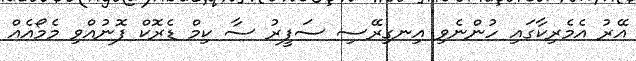
އޭރު އެމެރިކާގައި ހުންނެވި އިނގިރޭސި ސަފީރު ސާ ކިމް ޑެރޮކް ފޮނުއްވި މެމޯއެއް